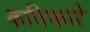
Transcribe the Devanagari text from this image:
कविकारे